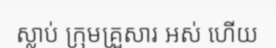
ស្លាប់ ក្រុមគ្រួសារ អស់ ហើយ